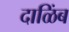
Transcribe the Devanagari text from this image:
दाळिंब